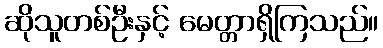
ဆိုသူတစ်ဦးနှင့် မေတ္တာရှိကြသည်။